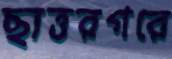
ছাত্তরগরে